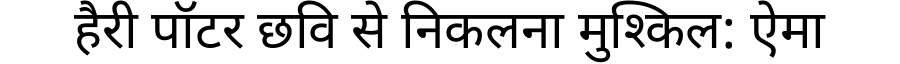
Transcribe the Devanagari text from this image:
हैरी पॉटर छवि से निकलना मुश्किल: ऐमा